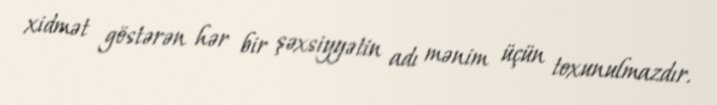
xidmət göstərən hər bir şəxsiyyətin adı mənim üçün toxunulmazdır.